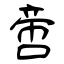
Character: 啻